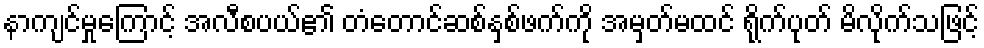
နာကျင်မှုကြောင့် အလီစပယ်၏ တံတောင်ဆစ်နှစ်ဖက်ကို အမှတ်မထင် ရိုက်ပုတ် မိလိုက်သဖြင့်